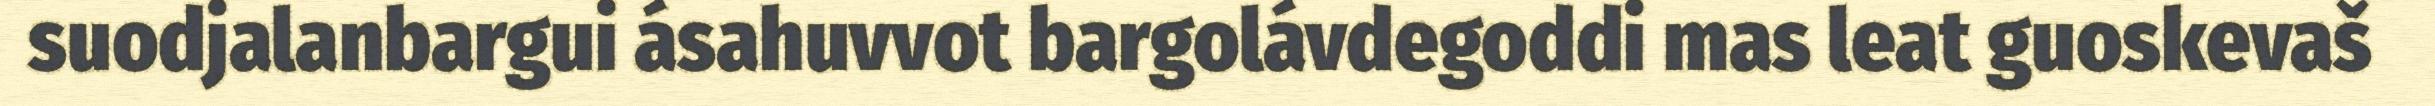
suodjalanbargui ásahuvvot bargolávdegoddi mas leat guoskevaš